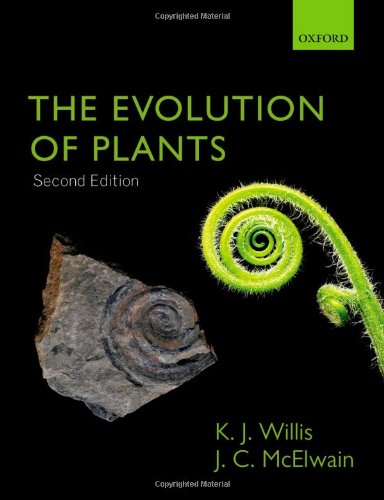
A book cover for The Evolution of Plants; Kathy Willis; Science & Math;